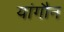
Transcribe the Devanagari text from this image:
यांगौन